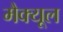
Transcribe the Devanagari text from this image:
मैक्यूल